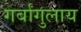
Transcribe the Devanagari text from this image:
गर्बांगुलाय